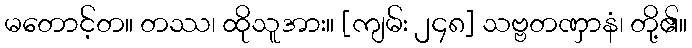
မတောင့်တ။ တဿ၊ ထိုသူအား။ [ကျမ်း ၂၄၈] သဗ္ဗတဏှာနံ၊ တို့၏။